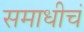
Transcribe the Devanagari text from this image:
समाधीचं